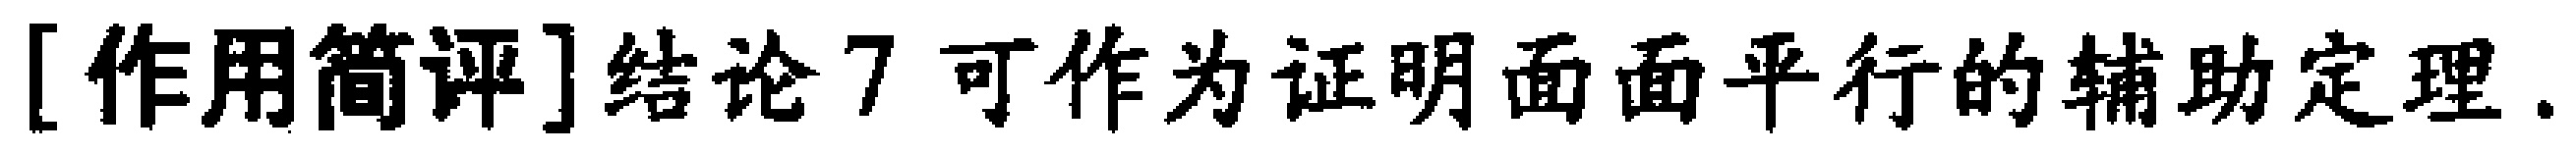
[作用简评]结论7 可作为证明面面平行的辅助定理.